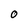
Character: 0